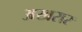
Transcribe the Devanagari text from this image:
अखरार